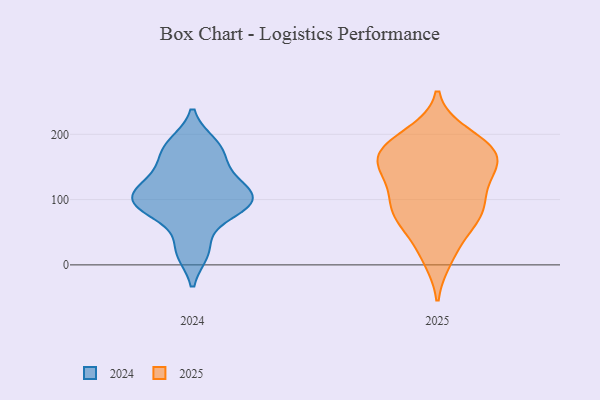
{"axis": {"x": "Inventory Turnover", "y": "Value"}, "legend": ["2024", "2025"], "data": [{"x": "", "y": 83, "type": "2025"}, {"x": "", "y": 75, "type": "2025"}, {"x": "", "y": 84, "type": "2025"}, {"x": "", "y": 173, "type": "2025"}, {"x": "", "y": 22, "type": "2025"}, {"x": "", "y": 11, "type": "2025"}, {"x": "", "y": 180, "type": "2025"}, {"x": "", "y": 158, "type": "2025"}, {"x": "", "y": 60, "type": "2025"}, {"x": "", "y": 144, "type": "2025"}, {"x": "", "y": 160, "type": "2025"}, {"x": "", "y": 167, "type": "2025"}, {"x": "", "y": 138, "type": "2025"}, {"x": "", "y": 82, "type": "2025"}, {"x": "", "y": 191, "type": "2025"}, {"x": "", "y": 200, "type": "2025"}, {"x": "", "y": 115, "type": "2025"}, {"x": "", "y": 139, "type": "2025"}, {"x": "", "y": 89, "type": "2025"}, {"x": "", "y": 180, "type": "2025"}, {"x": "", "y": 96, "type": "2024"}, {"x": "", "y": 88, "type": "2024"}, {"x": "", "y": 173, "type": "2024"}, {"x": "", "y": 104, "type": "2024"}, {"x": "", "y": 185, "type": "2024"}, {"x": "", "y": 125, "type": "2024"}, {"x": "", "y": 180, "type": "2024"}, {"x": "", "y": 87, "type": "2024"}, {"x": "", "y": 20, "type": "2024"}, {"x": "", "y": 97, "type": "2024"}, {"x": "", "y": 23, "type": "2024"}, {"x": "", "y": 81, "type": "2024"}, {"x": "", "y": 123, "type": "2024"}, {"x": "", "y": 152, "type": "2024"}, {"x": "", "y": 115, "type": "2024"}]}